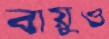
বায়ুও